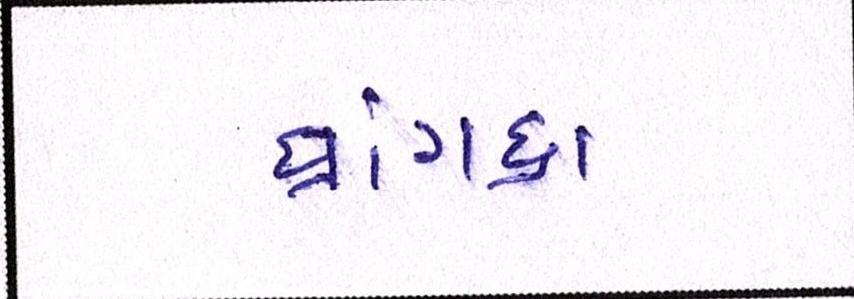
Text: ધ્રાંગધ્રા